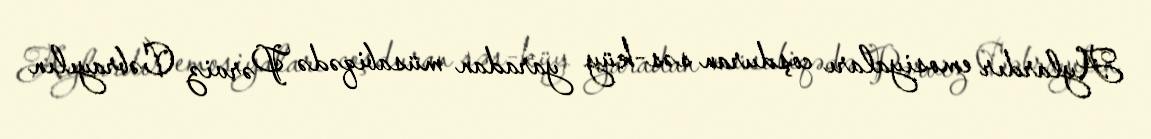
Aylardır emosiyaları coşduran səs-küy yaradan müsabiqədə Pərviz Cəbrayılın